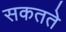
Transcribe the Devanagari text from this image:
सकतते